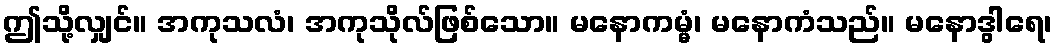
ဤသို့လျှင်။ အကုသလံ၊ အကုသိုလ်ဖြစ်သော။ မနောကမ္မံ၊ မနောကံသည်။ မနောဒွါရေ၊